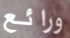
ورائع